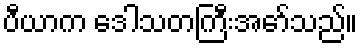
ပီယာက ဒေါသတကြီးအော်သည်။